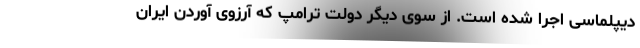
دیپلماسی اجرا شده است. از سوی دیگر دولت ترامپ که آرزوی آوردن ایران